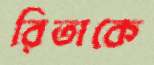
রিতাকে